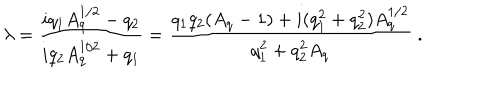
\lambda = { \frac { i q _ { 1 } A _ { q } ^ { 1 / 2 } - q _ { 2 } } { i q _ { 2 } A _ { q } ^ { 1 / 2 } + q _ { 1 } } } = { \frac { q _ { 1 } q _ { 2 } ( A _ { q } - 1 ) + i ( q _ { 1 } ^ { 2 } + q _ { 2 } ^ { 2 } ) A _ { q } ^ { 1 / 2 } } { q _ { 1 } ^ { 2 } + q _ { 2 } ^ { 2 } A _ { q } } } \ .